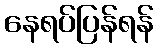
နေရပ်ပြန်ရန်